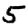
Digit: 5